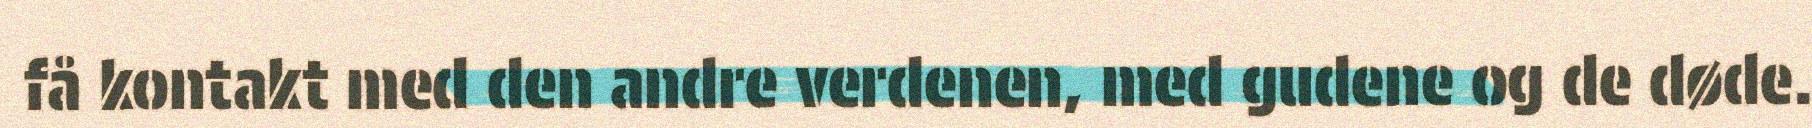
få kontakt med den andre verdenen, med gudene og de døde.